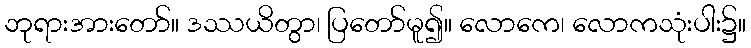
ဘုရားအားတော်။ ဒဿယိတွာ၊ ပြတော်မူ၍။ လောကေ၊ လောကသုံးပါး၌။